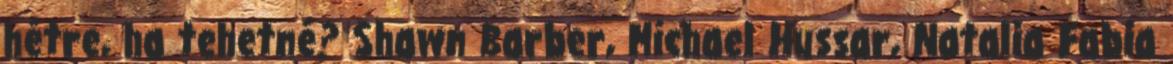
hétre, ha tehetné? Shawn Barber, Michael Hussar, Natalia Fabia